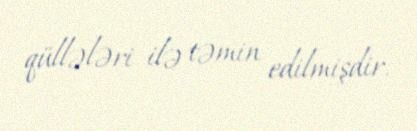
qüllələri ilə təmin edilmişdir.